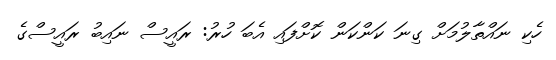
ހެކި ނައްތާލުމަށް ގިނަ ކަންކަން ކޮށްފައި އެބަ ހުރު: ރައީސް ނައިބު ރައީސްގެ